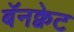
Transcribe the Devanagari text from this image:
बॅनक्वेट